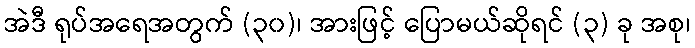
အဲဒီ ရုပ်အရေအတွက် (၃၀)၊ အားဖြင့် ပြောမယ်ဆိုရင် (၃) ခု အစု၊